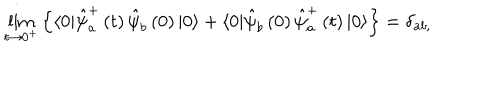
LaTeX: \lim _ { t \rightarrow 0 ^ { + } } \left\{ \langle 0 | \hat { \psi } _ { a } ^ { + } \left( t \right) \hat { \psi } _ { b } \left( 0 \right) | 0 \rangle + \langle 0 | \hat { \psi } _ { b } \left( 0 \right) \hat { \psi } _ { a } ^ { + } \left( t \right) | 0 \rangle \right\} = \delta _ { a b , } ^ { }